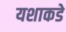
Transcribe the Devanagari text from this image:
यशाकडे